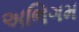
અભિગમ